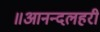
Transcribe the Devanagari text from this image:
॥आनन्दलहरी